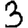
Digit: 3